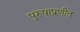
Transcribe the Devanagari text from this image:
पुरुषाप्रणीत